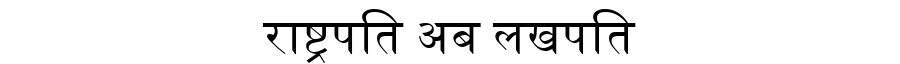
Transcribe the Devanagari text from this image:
राष्ट्रपति अब लखपति